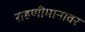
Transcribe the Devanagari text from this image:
राहणीमानावर